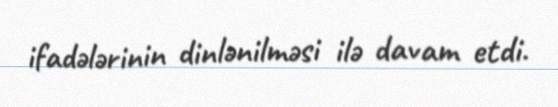
ifadələrinin dinlənilməsi ilə davam etdi.